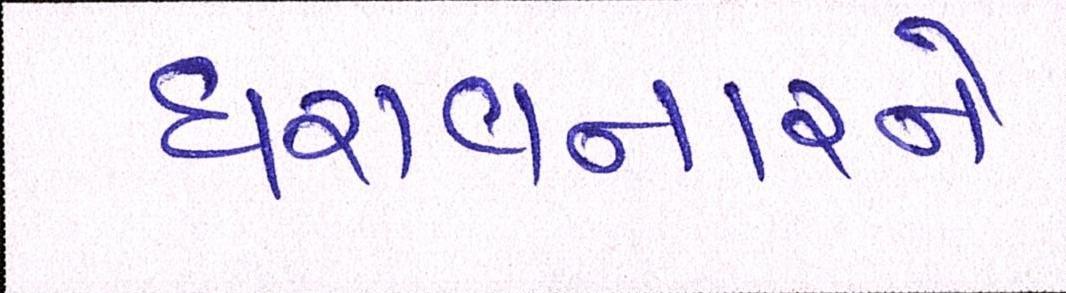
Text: ધરાવનારને